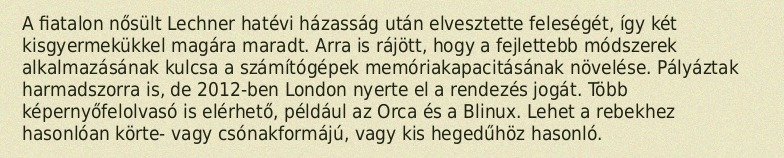
A fiatalon nősült Lechner hatévi házasság után elvesztette feleségét, így két kisgyermekükkel magára maradt. Arra is rájött, hogy a fejlettebb módszerek alkalmazásának kulcsa a számítógépek memóriakapacitásának növelése. Pályáztak harmadszorra is, de 2012-ben London nyerte el a rendezés jogát. Több képernyőfelolvasó is elérhető, például az Orca és a Blinux. Lehet a rebekhez hasonlóan körte- vagy csónakformájú, vagy kis hegedűhöz hasonló.